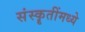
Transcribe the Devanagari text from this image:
संस्कॄतींमध्ये